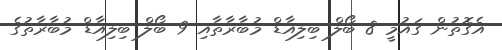
އެގޮތުން ގައުމީ 8 ބޯލް ބިލިއާޑް މުބާރާތާއި 9 ބޯލް ބިލިއާޑް މުބާރާތުގެ